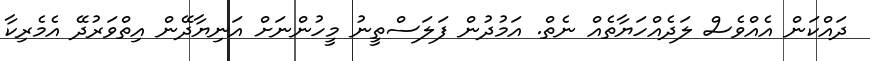
ދައްކަން އެއްވެސް ލަދެއްހަޔާތެއް ނެތް. އަމުދުން ފަލަސްތީނު މީހުންނަށް އަނިޔާދޭން އިތްވަރުދޭ އެމެރިކާ